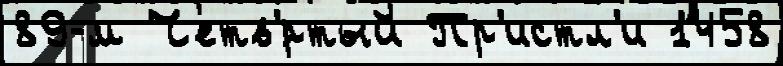
89-м Четв'́ртый Пр'истл'и 1458